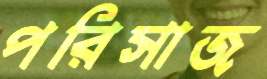
পরিসাজ